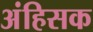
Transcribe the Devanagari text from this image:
अंहिसक